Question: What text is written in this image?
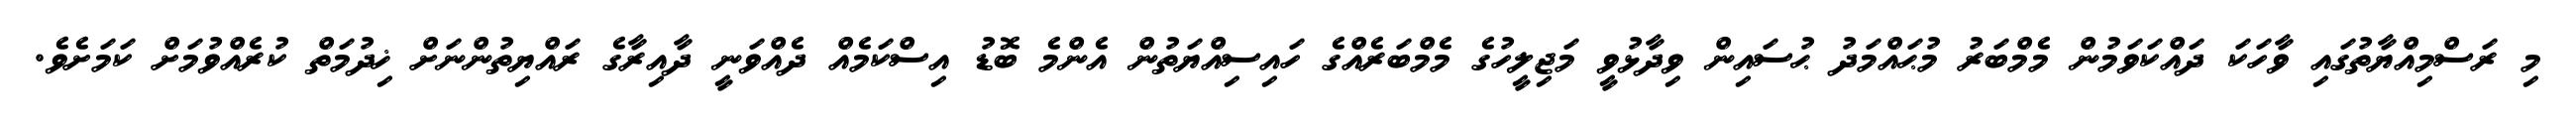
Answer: މި ރަސްމިއްޔާތުގައި ވާހަކަ ދައްކަވަމުން މެމްބަރު މުޙައްމަދު ޙުސައިން ވިދާޅުވީ މަޖިލީހުގެ މެމްބަރެއްގެ ހައިސިއްޔަތުން އެންމެ ބޮޑު އިސްކަމެއް ދެއްވަނީ ދާއިރާގެ ރައްޔިތުންނަށް ޚިދުމަތް ކުރެއްވުމަށް ކަމަށެވެ.